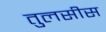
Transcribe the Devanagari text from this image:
तुलसीस